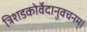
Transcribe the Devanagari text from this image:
त्रिशडकोर्वेदानुवचनम्।